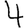
Digit: 4